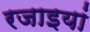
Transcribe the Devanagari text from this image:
रजाइयां